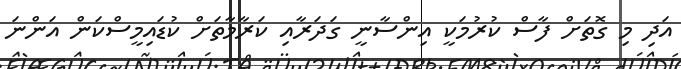
އަދި މި ގޮތަށް ފާސް ކުރުމަކީ އިންސާނީ ގަދަރާއި ކަރާމާތަށް ކުޑައިމީސްކަން އަންނަ